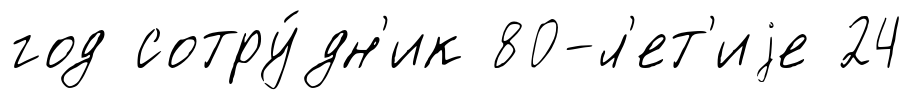
год сотру́дн'ик 80-л'ет'иjе 24